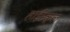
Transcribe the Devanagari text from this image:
हार्इस्कूल